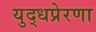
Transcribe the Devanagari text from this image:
युद्धप्रेरणा